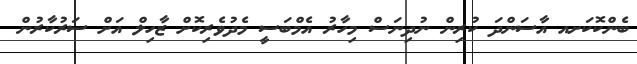
ބެންކޮކަށއ އާސަންދަ ކުރިން ނުދިނަސް މިހާރު އެމްބަސީ މެދުވެރިކޮށް ޒާހިލް އަށް ސަރުކާރުން